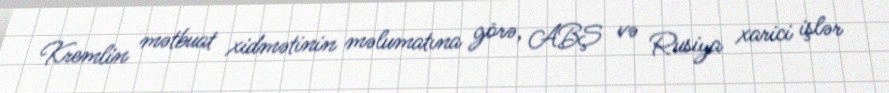
Kremlin mətbuat xidmətinin məlumatına görə, ABŞ və Rusiya xarici işlər